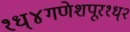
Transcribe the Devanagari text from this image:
१ध्४गणेशपूर१ध्२